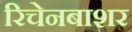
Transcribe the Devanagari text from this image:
रिचेनबाशर